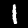
Digit: 1